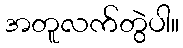
အတူလက်တွဲပါ။